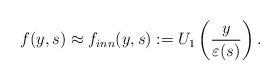
LaTeX: \begin{align*} f(y,s)\approx f_{inn}(y,s):=U_{1}\left(\frac{y}{\varepsilon(s)}\right).\end{align*}